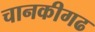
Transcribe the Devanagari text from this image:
चानकीगढ